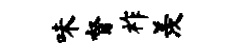
味督祚羡